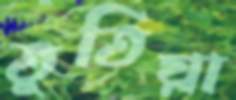
তুতিয়া